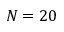
N = 2 0